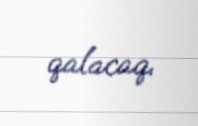
qalacaq.